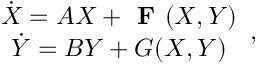
\begin{array} { c } { \dot { \boldsymbol { X } } = A \boldsymbol { X } + \textbf { F } ( \boldsymbol { X } , \boldsymbol { Y } ) } \\ { \dot { \boldsymbol { Y } } = B \boldsymbol { Y } + \boldsymbol { G } ( \boldsymbol { X } , \boldsymbol { Y } ) } \end{array} ,